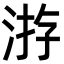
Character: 㳺